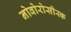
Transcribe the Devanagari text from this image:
नोवोरोसीस्क